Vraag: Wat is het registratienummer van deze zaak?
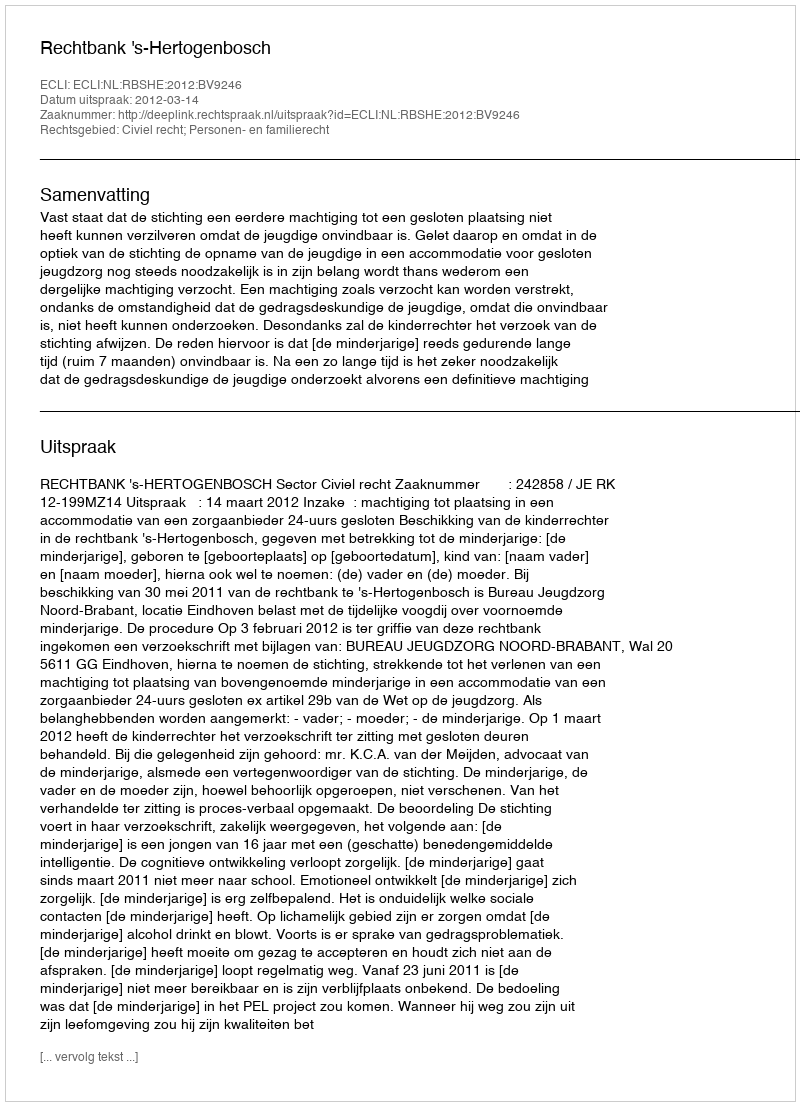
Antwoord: http://deeplink.rechtspraak.nl/uitspraak?id=ECLI:NL:RBSHE:2012:BV9246